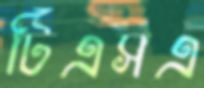
টিএসএ